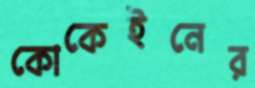
কোকেইনের